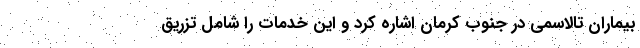
بیماران تالاسمی در جنوب کرمان اشاره کرد و این خدمات را شامل تزریق